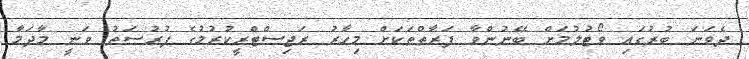
ދެވަނަ ބުރުގައި ވޯޓުލުމަށް ބޭނުންވާ ފަރާތްތަކަށް މިހާރު ރަޖިސްޓްރީކުރުމުގެ ފުރުސަތު ވަނީ މާދަމާ